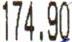
174.90